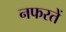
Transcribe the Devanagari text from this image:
नफरतें